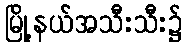
မြို့နယ်အသီးသီး၌